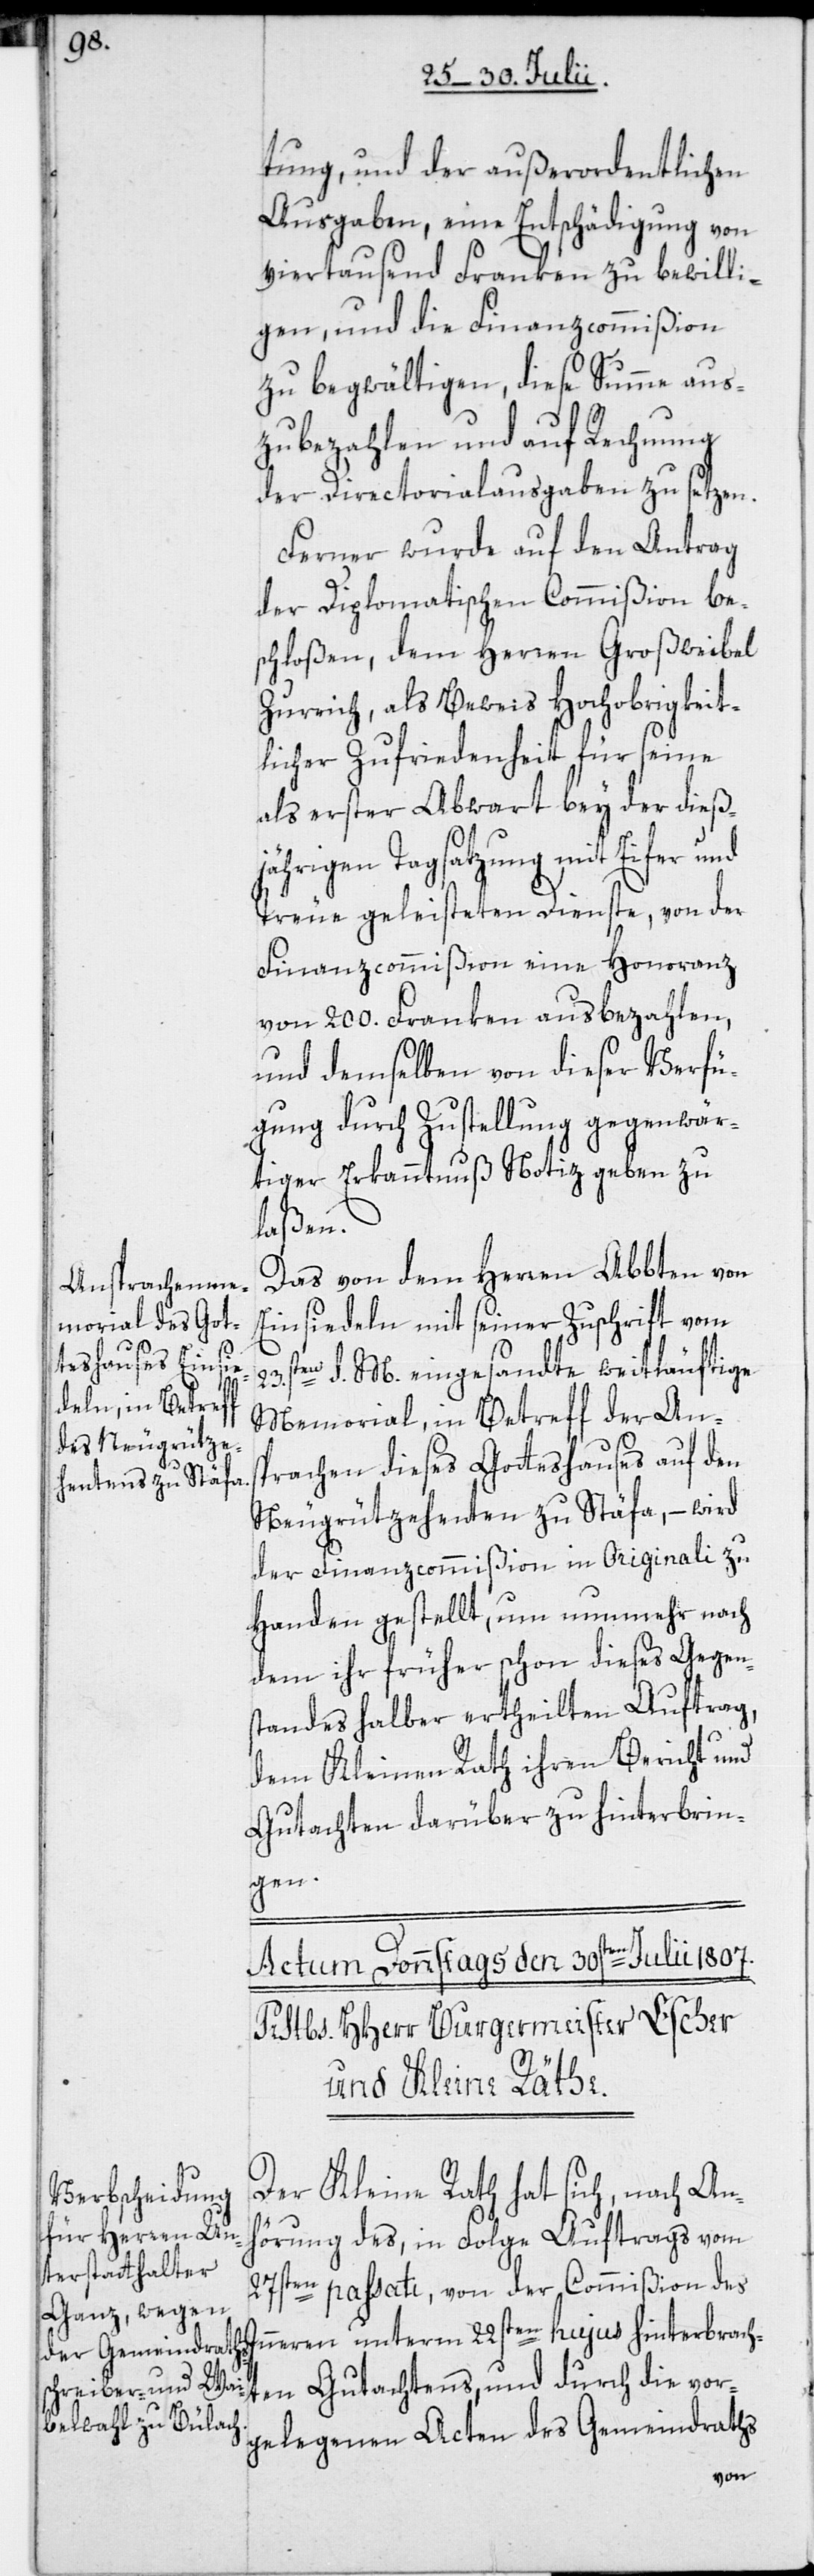
tung, und der außerordentlichen
Ausgaben, eine Entschädigung von
viertausend Franken zu bewilli¬
gen, und die Finanzcommißion
zu begwältigen, diese Summe aus¬
zubezahlen und auf Rechnung
der Directorialausgaben zu setzen.
Ferner wurde auf den Antrag
der Diplomatischen Commißion be¬
schloßen, dem Herren Großweibel
Zureich, als Beweis Hochobrigkeit¬
licher Zufriedenheit für seine
als erster Abwart bey der dieß¬
jährigen Tagsatzung mit Eifer und
Treue geleisteten Dienste, von der
Finanzcommißion eine Honoranz
von 200. Franken ausbezahlen,
und demselben von dieser Verfü¬
gung durch Zustellung gegenwär¬
tiger Erkanntnuß Notiz geben zu
laßen.
Das von dem Herren Abbten von
Einsiedeln mit seiner Zuschrift vom
23sten d. M. eingesandte weitläuftige
Memorial, in Betreff der An¬
s¬
prachen dieses Gotteshauses auf den
Neugrützehenten zu Stäfa, – wird
der Finanzcommißion in Originali zu
Handen gestellt, um nunmehr nach
dem ihr früher schon dieses Gegen¬
standes halber ertheilten Auftrag,
dem Kleinen Rath ihren Bericht und
Gutachten darüber zu hinterbrin¬
gen.
Der Kleine Rath hat sich, nach An¬
hörung des, in Folge Auftrags vom
27sten passati, von der Commißion des
hinterbrachten Gutachtens, und durch die vor¬
gelegenen Acten des Gemeindraths